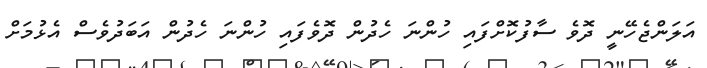
އަލަންޖެހޭނީ ދޮވެ ސާފުކޮށްފައި ހުންނަ ހެދުން ދޮވެފައި ހުންނަ ހެދުން އަބަދުވެސް އެޅުމަށް